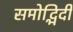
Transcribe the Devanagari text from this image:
समोद्भिदी